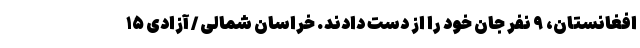
افغانستان، ۹ نفر جان خود را از دست دادند. خراسان شمالی / آزادی ۱۵